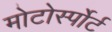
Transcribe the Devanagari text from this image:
मोटोर्स्पोर्ट